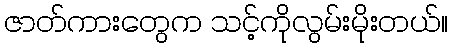
ဇာတ်ကားတွေက သင့်ကိုလွမ်းမိုးတယ်။